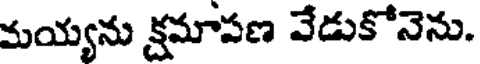
మయ్యను క్షమాపణ వేడుకోనెను.